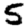
Digit: 5